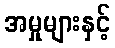
အမှုများနှင့်